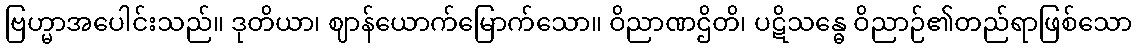
ဗြဟ္မာအပေါင်းသည်။ ဒုတိယာ၊ ဈာန်ယောက်မြောက်သော။ ဝိညာဏဌိတိ၊ ပဋိသန္ဓေ ဝိညာဉ်၏တည်ရာဖြစ်သော